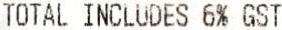
TOTAL INCLUDES 6% GST